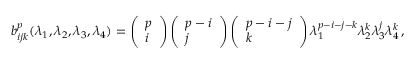
\begin{array} { r } { b _ { i j k } ^ { p } ( \lambda _ { 1 } , \lambda _ { 2 } , \lambda _ { 3 } , \lambda _ { 4 } ) = \left( \begin{array} { l } { p } \\ { i } \end{array} \right) \left( \begin{array} { l } { p - i } \\ { j } \end{array} \right) \left( \begin{array} { l } { p - i - j } \\ { k } \end{array} \right) \lambda _ { 1 } ^ { p - i - j - k } \lambda _ { 2 } ^ { k } \lambda _ { 3 } ^ { j } \lambda _ { 4 } ^ { k } \, , } \end{array}